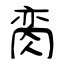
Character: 脔